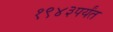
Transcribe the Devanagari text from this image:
१९४३पर्यंत